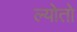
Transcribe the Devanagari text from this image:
ल्योतो